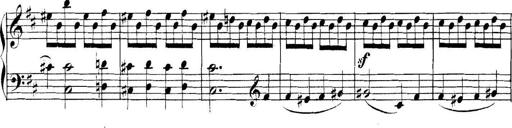
Title: Collected Piano Sonatas
Composer: Muzio Clementi